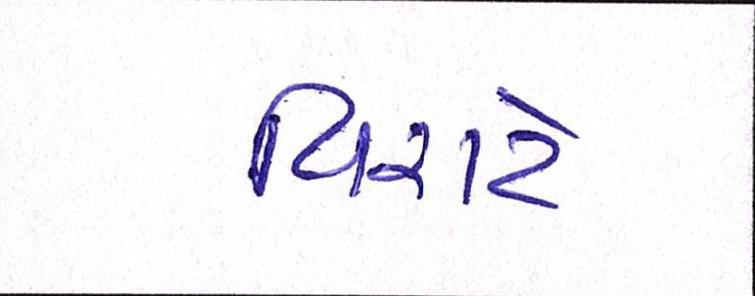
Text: વિરાટે